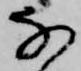
な